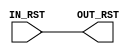
module SyncReset0 (
		   IN_RST,
		   OUT_RST
		   );

   input   IN_RST ;
   output  OUT_RST ;

   assign  OUT_RST = IN_RST ;

endmodule